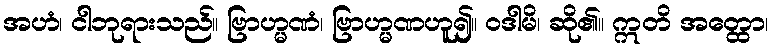
အဟံ၊ ငါဘုရားသည်။ ဗြာဟ္မဏံ၊ ဗြာဟ္မဏဟူ၍။ ဝဒါမိ၊ ဆို၏။ ဣတိ အတ္ထော၊